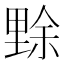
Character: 𱏏